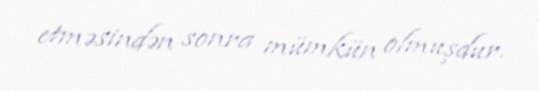
etməsindən sonra mümkün olmuşdur.